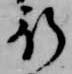
行